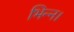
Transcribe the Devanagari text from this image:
भिन्‍न।